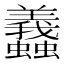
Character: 𧕶